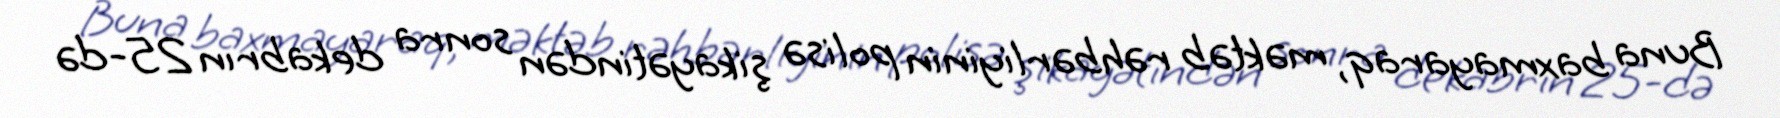
Buna baxmayaraq, məktəb rəhbərliyinin polisə şikayətindən sonra dekabrın 25-də